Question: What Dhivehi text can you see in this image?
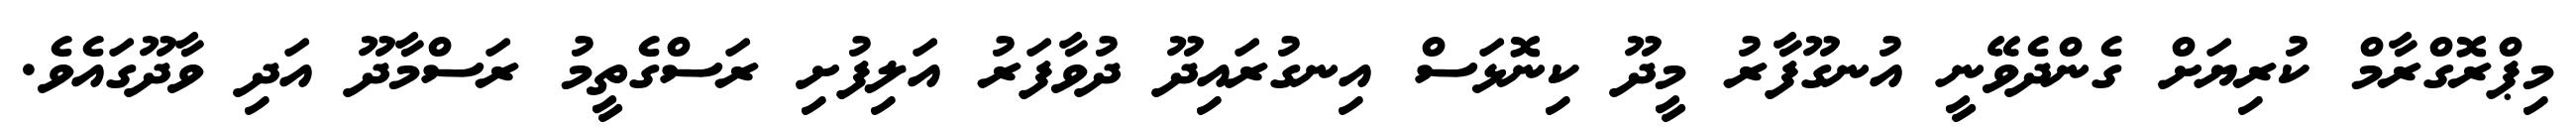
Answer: މިޕްރޮގްރާމް ކުރިޔަށް ގެންދެވޭނީ އުނގޫފާރު މީދޫ ކިނޮޅަސް އިނގުރައިދޫ ދުވާފަރު އަލިފުށި ރަސްގެތީމު ރަސްމާދޫ އަދި ވާދޫގައެވެ.